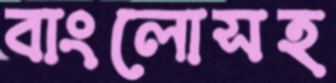
বাংলোসহ